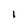
Character: l